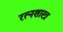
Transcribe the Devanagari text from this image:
रत्नशास्त्र